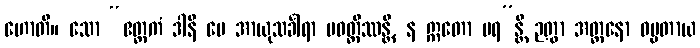
ဟောတိ။ သော “ဧတ္တကံ ဒါနိ မေ အာယုသင်္ခါရာ ပဝတ္တိဿန္တိ, န ဣတော ပရ”န္တိ ဉတွာ အတ္တနော ဓမ္မတာယ